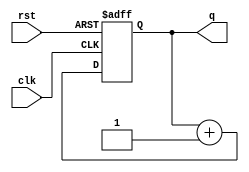
module upcounter3bit (clk,rst,q);
    input clk,rst;
    output reg [2:0]q;

    always @(negedge rst, posedge clk)
    if (!rst)
    q=3'b000;
    else
    q= q + 3'b001;
endmodule